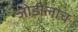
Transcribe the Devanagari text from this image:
जोडीलाच